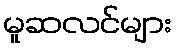
မူဆလင်များ